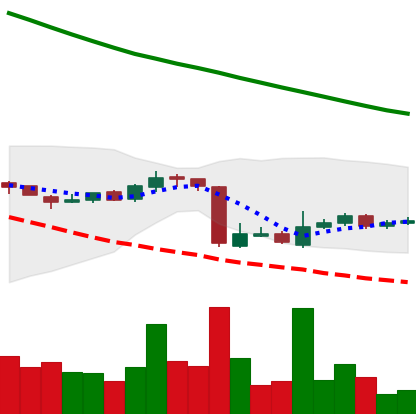
Ticker: ADA-USD
Chart end date: 2018-10-20
Forward return: -3.253%
Label: down_3_5